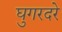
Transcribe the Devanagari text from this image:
घुगरदरे